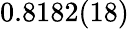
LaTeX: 0.8182(18)